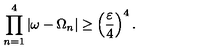
\prod _ { n = 1 } ^ { 4 } | \omega - \Omega _ { n } | \geq \left( \frac { \varepsilon } { 4 } \right) ^ { 4 } .